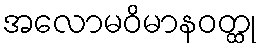
အလောမဝိမာနဝတ္ထု